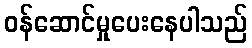
ဝန်ဆောင်မှုပေးနေပါသည်